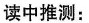
读中推测：